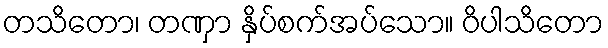
တသိတော၊ တဏှာ နှိပ်စက်အပ်သော။ ဝိပါသိတော